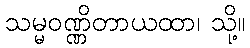
သမ္မဝဏ္ဏိတာယထာ၊ သို့။